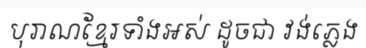
បុរាណខ្មែរទាំងអស់ ដូចជា វង់ភ្លេង